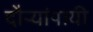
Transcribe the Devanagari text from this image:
दौऱ्यांपायी